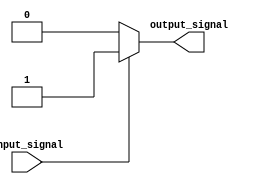
module push_pull_buffer (
    input wire input_signal,
    output reg output_signal
);

assign output_signal = input_signal ? 1'b1 : 1'b0;

endmodule